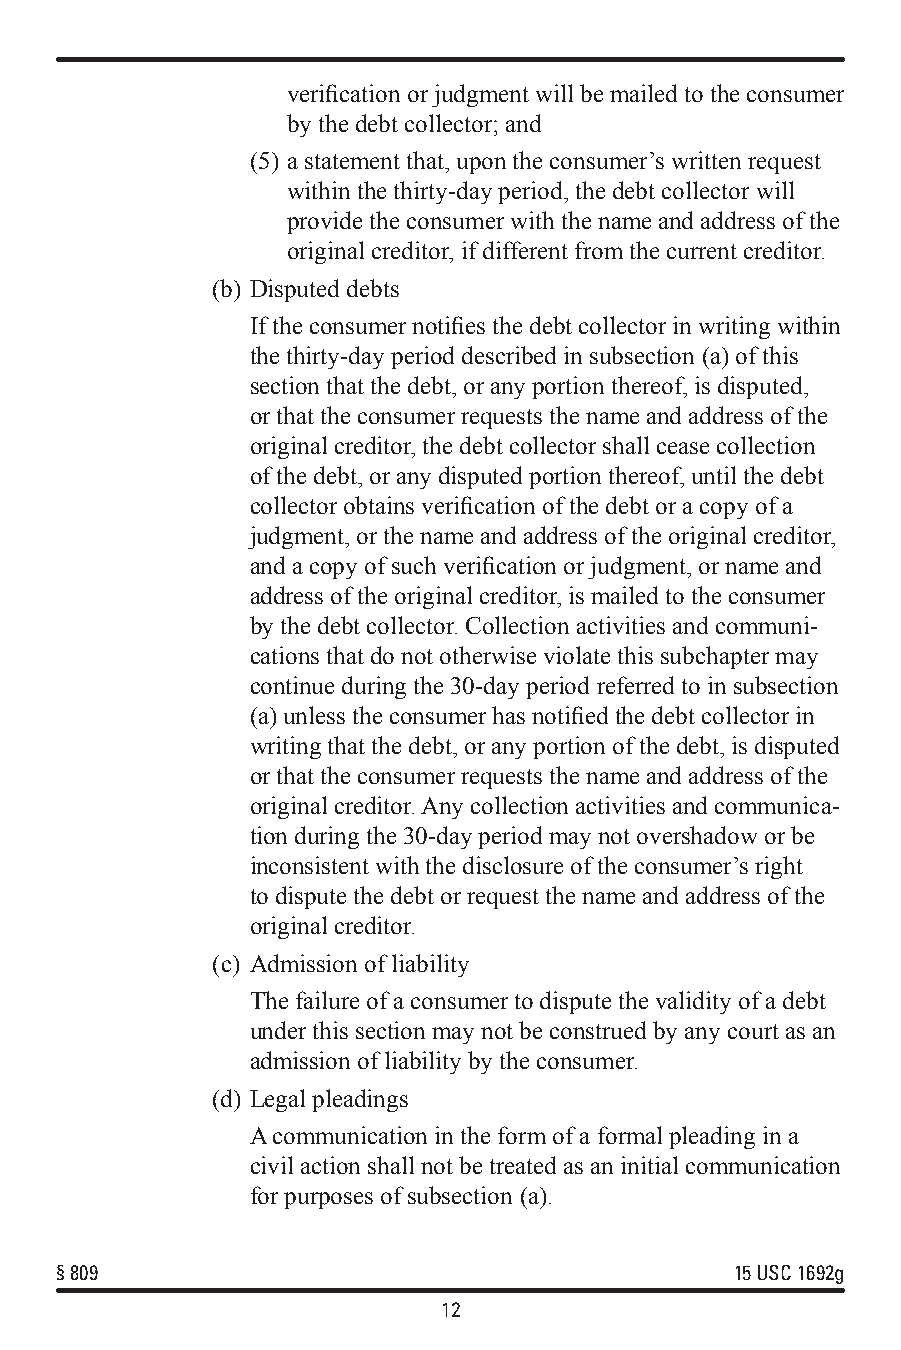
verification or judgment will be mailed to the consumer
 by the debt collector; and
 (5) a statement that, upon the consumer’s written request
 within the thirty-day period, the debt collector will
 provide the consumer with the name and address of the
 original creditor, if different from the current creditor.
 (b) Disputed debts
 If the consumer notifies the debt collector in writing within
 the thirty-day period described in subsection (a) of this
 section that the debt, or any portion thereof, is disputed,
 or that the consumer requests the name and address of the
 original creditor, the debt collector shall cease collection
 of the debt, or any disputed portion thereof, until the debt
 collector obtains verification of the debt or a copy of a
 judgment, or the name and address of the original creditor,
 and a copy of such verification or judgment, or name and
 address of the original creditor, is mailed to the consumer
 by the debt collector. Collection activities and communi-
 cations that do not otherwise violate this subchapter may
 continue during the 30-day period referred to in subsection
 (a) unless the consumer has notified the debt collector in
 writing that the debt, or any portion of the debt, is disputed
 or that the consumer requests the name and address of the
 original creditor. Any collection activities and communica-
 tion during the 30-day period may not overshadow or be
 inconsistent with the disclosure of the consumer’s right
 to dispute the debt or request the name and address of the
 original creditor.
 (c) Admission of liability
 The failure of a consumer to dispute the validity of a debt
 under this section may not be construed by any court as an
 admission of liability by the consumer.
 (d) Legal pleadings
 A communication in the form of a formal pleading in a
 civil action shall not be treated as an initial communication
 for purposes of subsection (a).
 §809                                         15 USC 1692g
 12